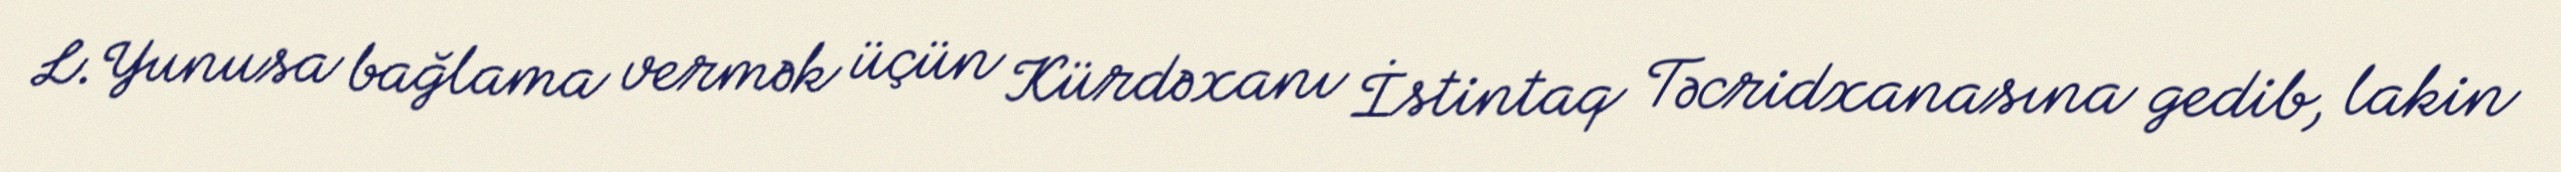
L.Yunusa bağlama vermək üçün Kürdəxanı İstintaq Təcridxanasına gedib, lakin